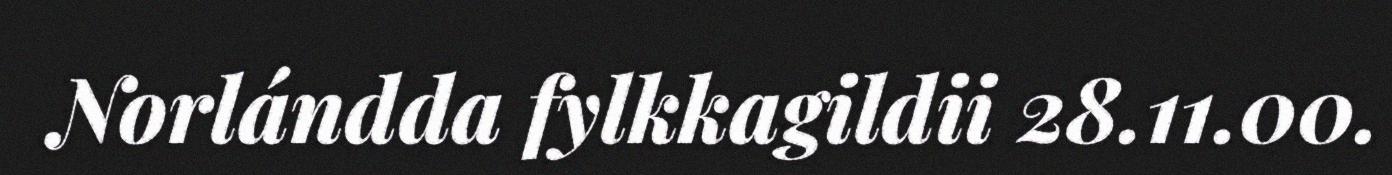
Norlándda fylkkagildii 28.11.00.